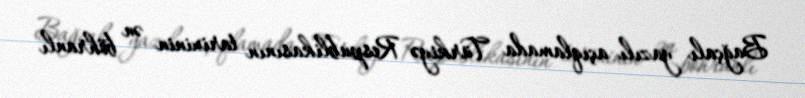
Bağçalı yazılı açıqlamada Türkiyə Respublikasının tarixinin ən böhranlı